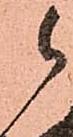
候